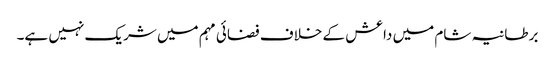
برطانیہ شام میں داعش کے خلاف فضائی مہم میں شریک نہیں ہے۔